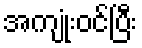
အကျုံးဝင်ပြီး